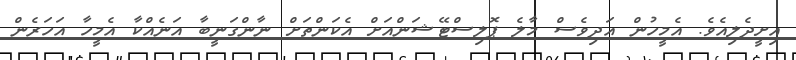
އިށީދެލިއެވެ. އެމީހުން އަދިވެސް މާލެ ޕޮލިސްޓޭޝަންއަށް އެކަންތަށް ނާންގަނީބާ އަނެއްކާ އެމީހާ އަހަރެން